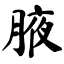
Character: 腋